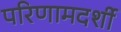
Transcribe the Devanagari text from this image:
परिणामदर्शी